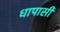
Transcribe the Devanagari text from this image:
धापासी